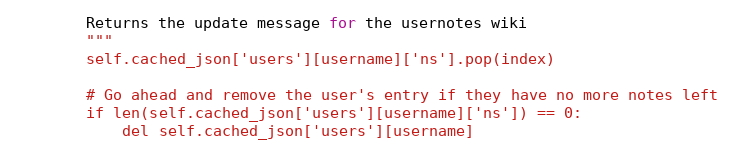
Language: Python
        Returns the update message for the usernotes wiki
        """
        self.cached_json['users'][username]['ns'].pop(index)

        # Go ahead and remove the user's entry if they have no more notes left
        if len(self.cached_json['users'][username]['ns']) == 0:
            del self.cached_json['users'][username]